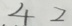
4 2